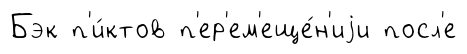
Бэк п'и́ктов п'ер'ем'еще́н'иjи посл'е